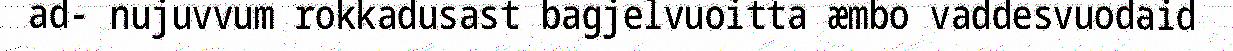
ad- nujuvvum rokkadusast bagjelvuoitta æmbo vaddesvuodaid